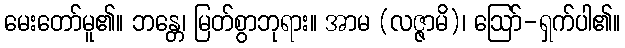
မေးတော်မူ၏။ ဘန္တေ၊ မြတ်စွာဘုရား။ အာမ (လဇ္ဇာမိ)၊ ဩော်-ရှက်ပါ၏။